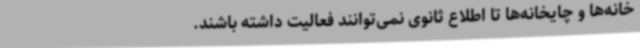
خانه‌ها و چایخانه‌ها تا اطلاع ثانوی نمی‌توانند فعالیت داشته باشند.